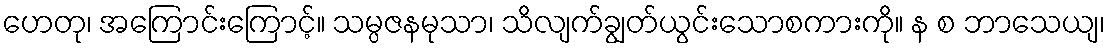
ဟေတု၊ အကြောင်းကြောင့်။ သမ္ပဇနမုသာ၊ သိလျက်ချွတ်ယွင်းသောစကားကို။ န စ ဘာသေယျ၊